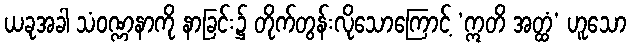
ယခုအခါ သံဝဏ္ဏနာကို နာခြင်း၌ တိုက်တွန်းလိုသောကြောင့် ‘ဣတိ အတ္ထံ’ ဟူသော